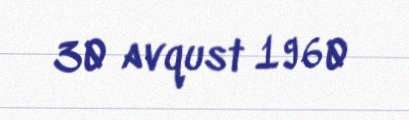
30 avqust 1960